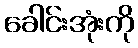
ခေါင်းအုံးကို